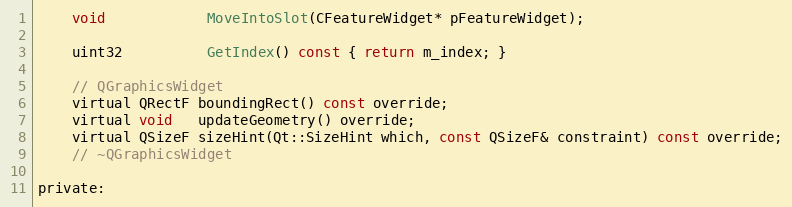
Language: C
	void            MoveIntoSlot(CFeatureWidget* pFeatureWidget);

	uint32          GetIndex() const { return m_index; }

	// QGraphicsWidget
	virtual QRectF boundingRect() const override;
	virtual void   updateGeometry() override;
	virtual QSizeF sizeHint(Qt::SizeHint which, const QSizeF& constraint) const override;
	// ~QGraphicsWidget

private: